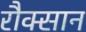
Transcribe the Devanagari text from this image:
रौक्सान